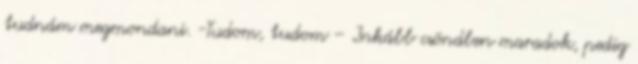
tudnám megmondani. -Tudom, tudom – Inkább csöndben maradok, pedig